Vaccination in Bombay 1913-1923 - 1913-1923
Year: 1913
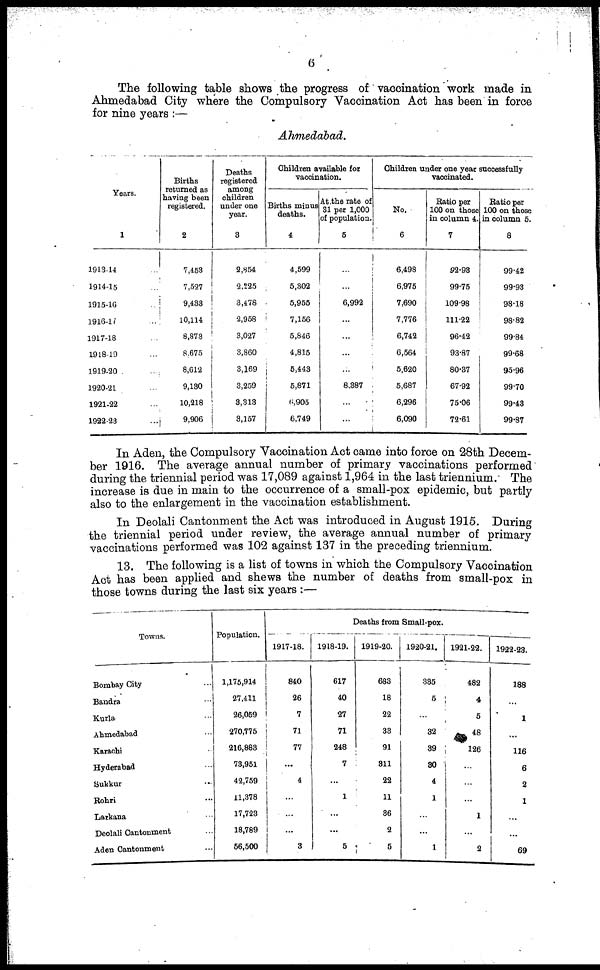
6
The following table shows the progress of vaccination work made in
Ahmedabad City where the Compulsory Vaccination Act has been in force
for nine years :—
Ahmedabad.
Years.
1
1913-14...
1914-15 ...
1915-16 ...
1916-17 ...
1917-18 ...
1918-19 ...
1919-20 ...
1920-21 ...
1921-22 ...
1922-23 ...
Births
returned as
having been
registered.
2
7,453
7,527
9,433
10,114
8,873
8,675
8,612
9,130
10,218
9,906
Deaths
registered
among
children
under one
year.
3
2,854
2,225
3,478
2,958
3,027
3,860
3,169
3,259
3,313
3,157
Children available for
vaccination.
Births minus
deaths.
4
4,599
5,302
5,955
7,156
5,846
4,815
5,443
5,871
6,905
6,749
At the rate of
31 per 1,000
of population.
5
...
...
6,992
...
...
...
...
8,387
...
...
Children under one year successfully
vaccinated.
No.
6
6,498
6,975
7,690
7,776
6,742
6,564
5,620
5,687
6,296
6,090
Ratio per
100 on those
in column 4.
7
92.98
99.75
109.98
111.22
96.42
93.87
80.37
67.92
75.06
72.61
Ratio per
100 on those
in column 5.
8
99.42
99.93
98.18
98.82
99.84
99.68
95.96
99.70
99.43
99.87
In Aden, the Compulsory Vaccination Act came into force on 28th Decem-
ber 1916. The average annual number of primary vaccinations performed
during the triennial period was 17,089 against 1,964 in the last triennium. The
increase is due in main to the occurrence of a small-pox epidemic, but partly
also to the enlargement in the vaccination establishment.
In Deolali Cantonment the Act was introduced in August 1915. During
the triennial period under review, the average annual number of primary
vaccinations performed was 102 against 137 in the preceding triennium.
13. The following is a list of towns in which the Compulsory Vaccination
Act has been applied and shews the number of deaths from small-pox in
those towns during the last six years :—
Towns.
Bombay City ...
Bandra ...
Kurla ...
Ahmedabad ...
Karachi ...
Hyderabad ...
Sukkur ...
Rohri ...
Larkana ...
Deolali Cantonment ...
Aden Cantonment ...
Population.
1,175,914
27,411
26,059
270,775
216,883
73,951
42,759
11,378
17,723
18,789
56,500
Deaths from Small-pox.
1917-18.
840
26
7
71
77
...
4
...
...
...
3
1918-19.
617
40
27
71
248
7
...
1
...
...
5
1919-20.
683
18
22
33
91
311
22
11
36
2
5
1920-21.
335
5
...
32
39
30
4
1
...
...
1
1921-22.
482
4
5
48
126
...
...
...
1
...
2
1922-23.
188
...
1
...
116
6
2
1
...
...
69